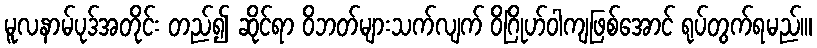
မူလနာမ်ပုဒ်အတိုင်း တည်၍ ဆိုင်ရာ ဝိဘတ်များသက်လျက် ဝိဂြိုဟ်ဝါကျဖြစ်အောင် ရုပ်တွက်ရမည်၊။